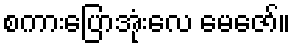
စကားပြောအုံးလေ မေဇော်။